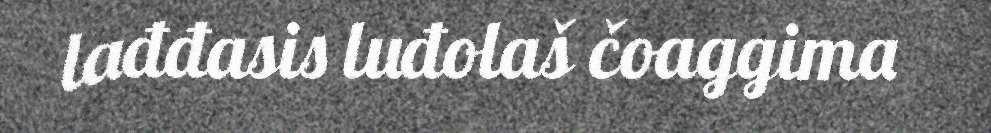
lađđasis luđolaš čoaggima